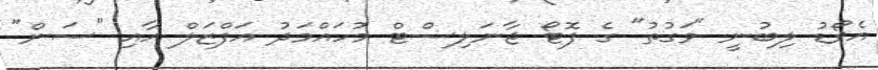
އެވޯޑު ލިބުނީ "ވަގުތު" ގެ ފޮޓޯ ޖާނަލިސްޓް މުހައްމަދު އަފްޒަލް އާއި "ސަން"